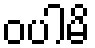
ဝပါမိ